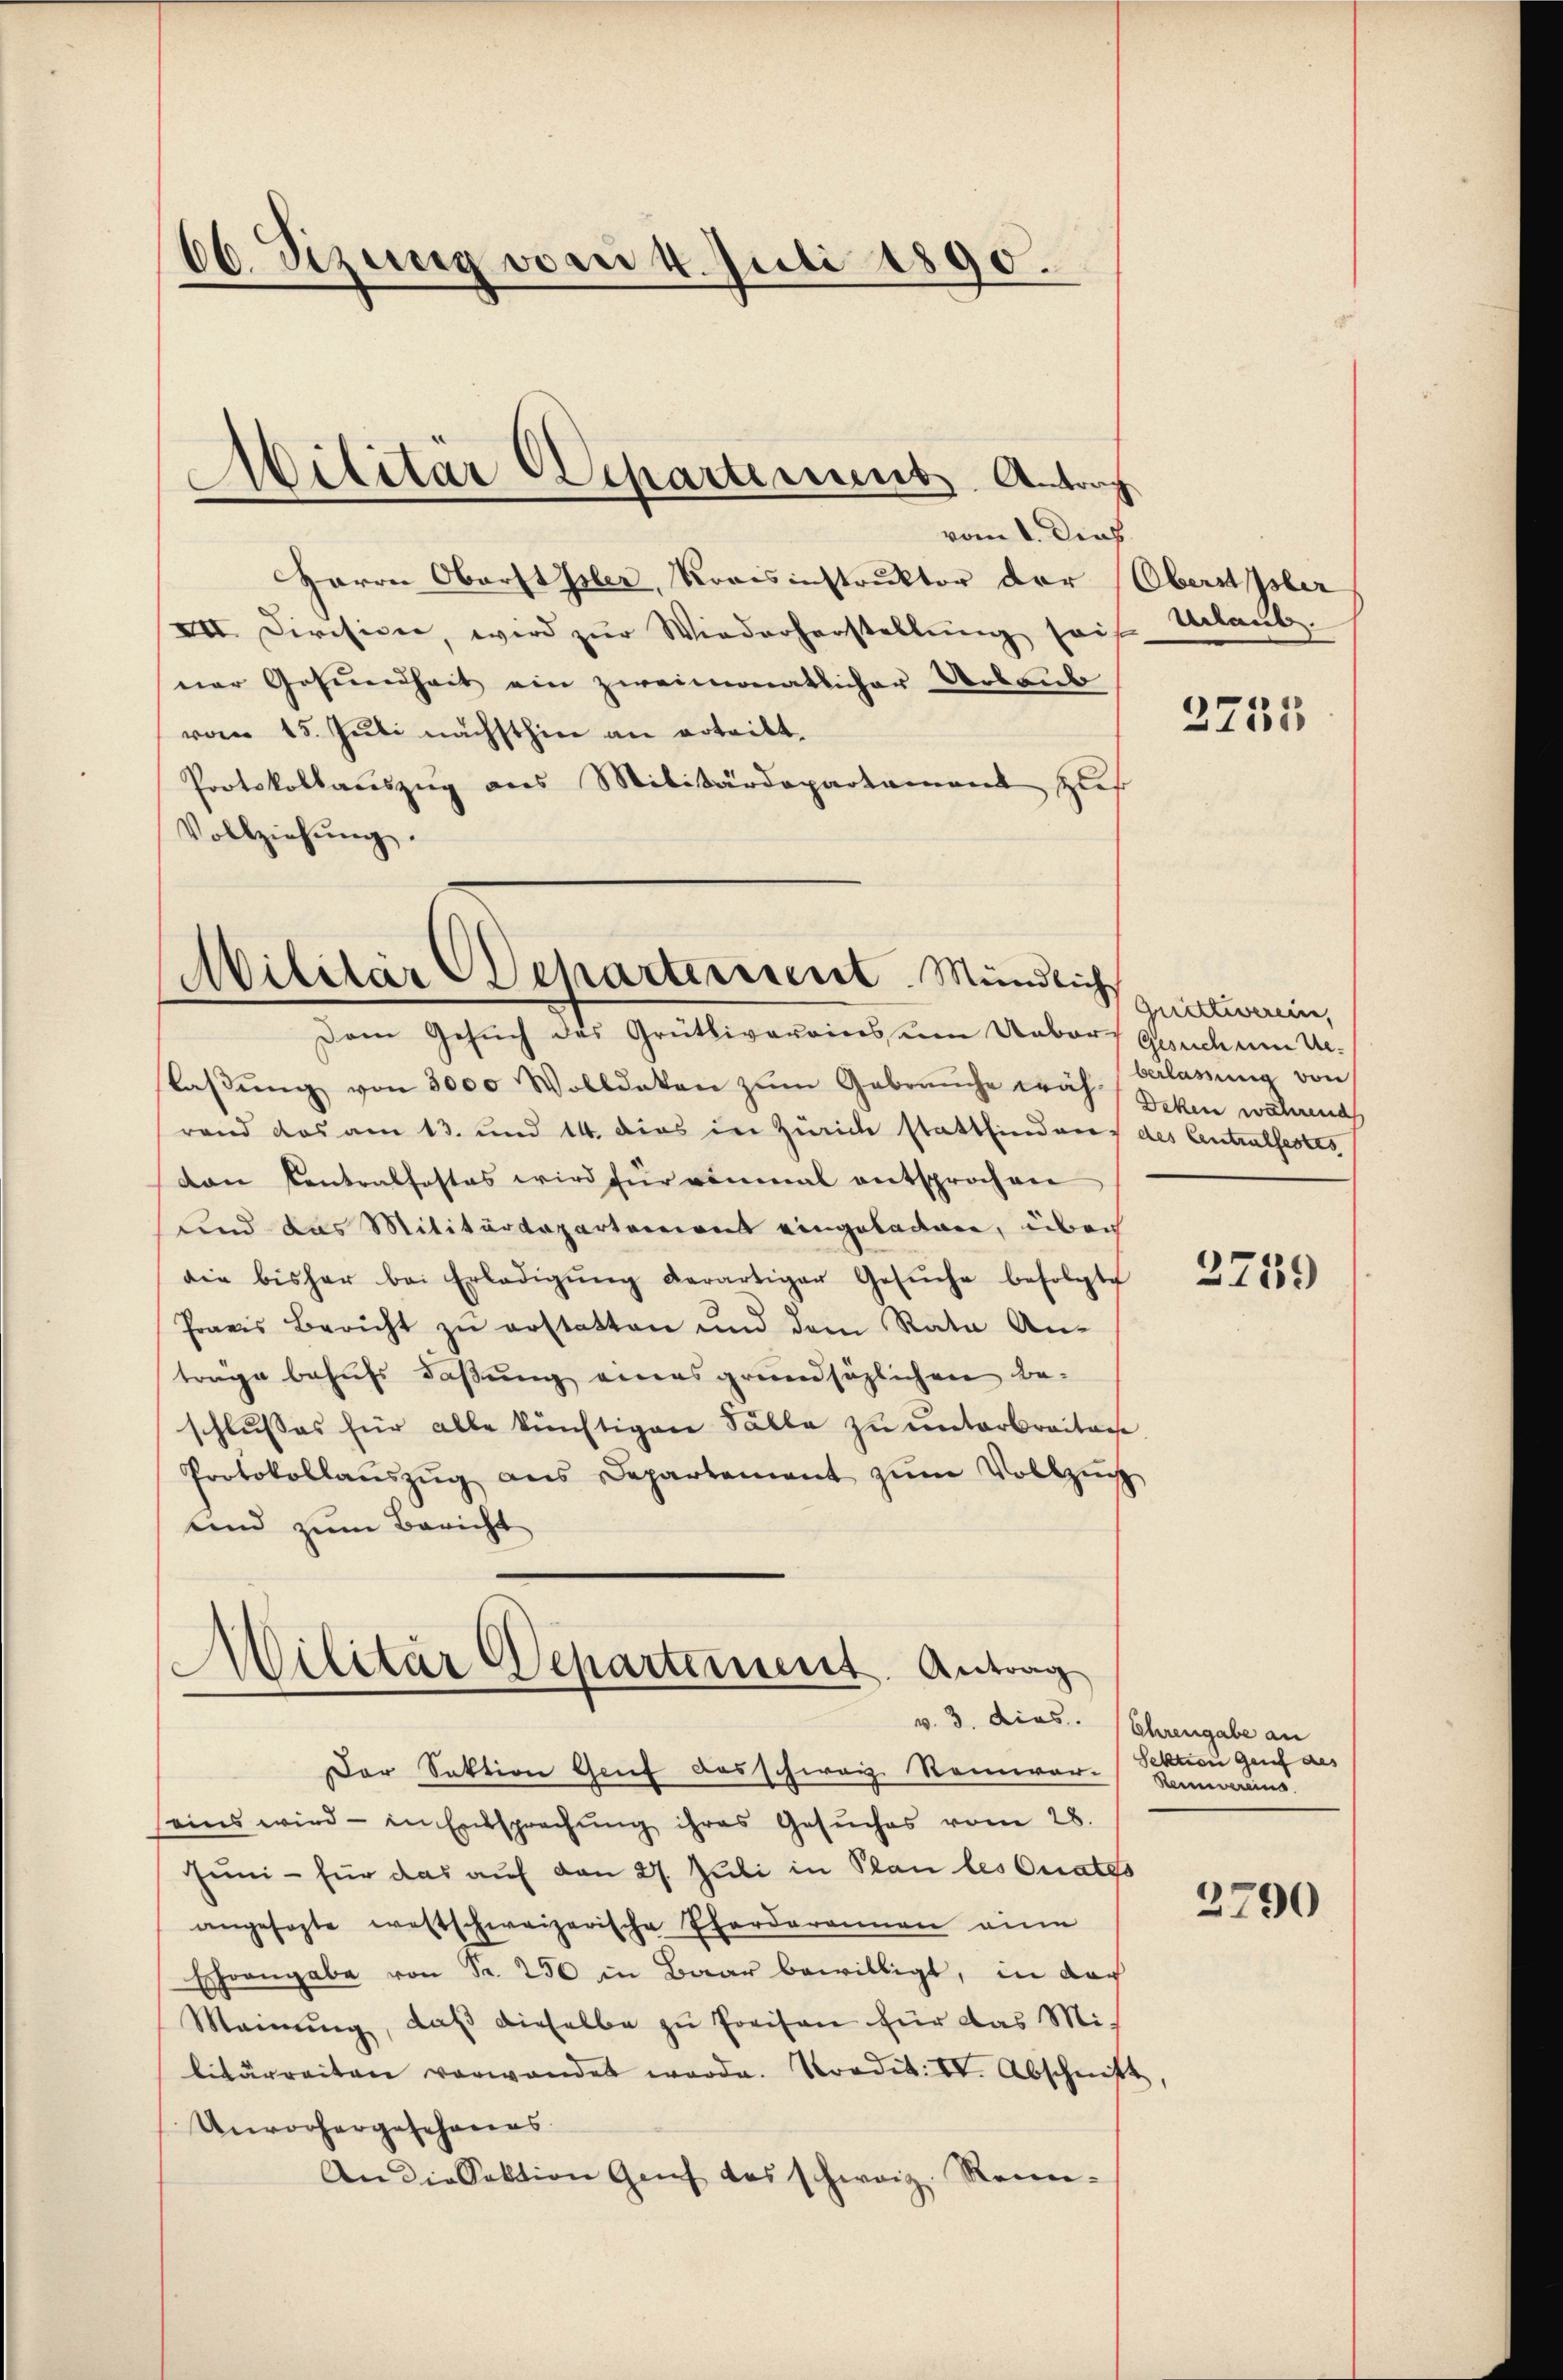
66. Sizung vom 4. Juli 1890.

vom 1. Dies
Herrn Oberst Isler, Kraisinstruktor der Oberspler
XII. Divisione, wird zŭr Wiederherstellŭng sais
ner Gesŭndheit ein zweimonatlicher Urlaub
vom 15. Juli nächsthin an erteilt.
Protokollauszug aus Militärdepartament zus
Vollziehŭng.

Militär Departement. Antrag

Militär Scharterient. Mündlich
Dem Gesŭch des Grütliverains um Uebers Gesuch um Ue-

Militär Departement. Antrag
v. 3. dies. (Ehrengabe an

laβŭng von 3000 Wolldeken zŭm Gebrauche wäh-Belassŭng von
rand das am 13. und 14. dies in Zürich stattfinden des Centralsestes
van Centralfestes wird für einmal entsprochen
und das Militärdepartement eingeladen, über
die bisher bei Erledigŭng derartiger Gesŭche befolgte
Praris Bericht zŭ erstatten und dem Rata An-
träge behufs daßung eines grundsäzlichen Beschlusses für alle künftigen Fälle zŭ ŭnterbreitage.
Protokollaŭszŭg ans Departement zŭm Vollzŭg
lind zum Bericht

Der Sektion Gruf das schweiz Raiwar-
seins wird - in Entsprechŭng ihres Gesŭches vom 28.
Juni - für das auf den 27. Juli in Plan les Curates
angesagte westschweizerische Pforderonnen eine
Ehrangabe von Fr. 250 in Baar bewilligt, in das
Meinung, daß dieselbe zu Preisen für das Mit
litärreiten verwandet werde. Nordit. IV. Abschnitt,
Unvorhergesehenes
An die Sektion Genf das schweiz. Rein-

Urlaub.

2755

Gridteverein,
Deken während

2759

Sektion Genf des
Reievereins

3790